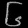
Digit: ၆